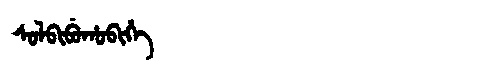
Manchu: ᠰᠣᠯᠪᡳᠪᡠᡥᠣᠪᡳᡥᡝ
Romanization: SOLBIBUHOBIHE